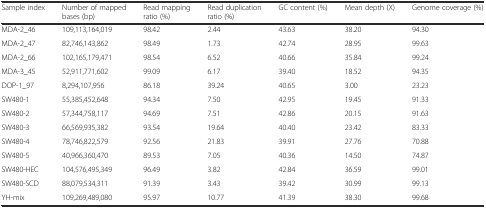
| Sample index | Number of mapped bases (bp) | Read mapping ratio (%) | Read duplication ratio (%) | GC content (%) | Mean depth (X) | Genome coverage (%) |
 | --- | --- | --- | --- | --- | --- | --- |
 | MDA-2_46 | 109,113,164,019 | 98.42 | 2.44 | 43.63 | 38.20 | 94.30 |
 | MDA-2_47 | 82,746,143,862 | 98.49 | 1.73 | 42.74 | 28.95 | 99.63 |
 | MDA-2_66 | 102,165,179,471 | 98.54 | 6.52 | 40.66 | 35.84 | 99.24 |
 | MDA-3_45 | 52,911,771,602 | 99.09 | 6.17 | 39.40 | 18.52 | 94.35 |
 | DOP-1_97 | 8,294,107,956 | 86.18 | 39.24 | 40.65 | 3.00 | 23.23 |
 | SW480-1 | 55,385,452,648 | 94.34 | 7.50 | 42.95 | 19.45 | 91.33 |
 | SW480-2 | 57,344,758,117 | 94.69 | 7.51 | 42.86 | 20.15 | 91.63 |
 | SW480-3 | 66,569,935,382 | 93.54 | 19.64 | 40.40 | 23.42 | 83.33 |
 | SW480-4 | 78,746,822,579 | 92.56 | 21.83 | 39.91 | 27.76 | 70.88 |
 | SW480-5 | 40,966,360,470 | 89.53 | 7.05 | 40.36 | 14.50 | 74.87 |
 | SW480-HEC | 104,576,495,349 | 96.49 | 3.82 | 42.84 | 36.59 | 99.01 |
 | SW480-SCD | 88,079,534,311 | 91.39 | 3.43 | 39.42 | 30.99 | 99.13 |
 | YH-mix | 109,269,489,080 | 95.97 | 10.77 | 41.39 | 38.30 | 99.68 |